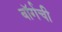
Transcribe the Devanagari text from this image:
बॉर्गची